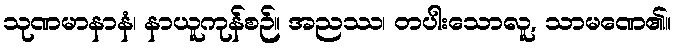
သုဏမာနာနံ၊ နာယူကုန်စဉ်။ အညဿ၊ တပါးသောလူ, သာမဏေ၏။